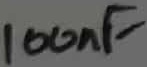
Text: 100nF